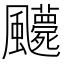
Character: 𩙛